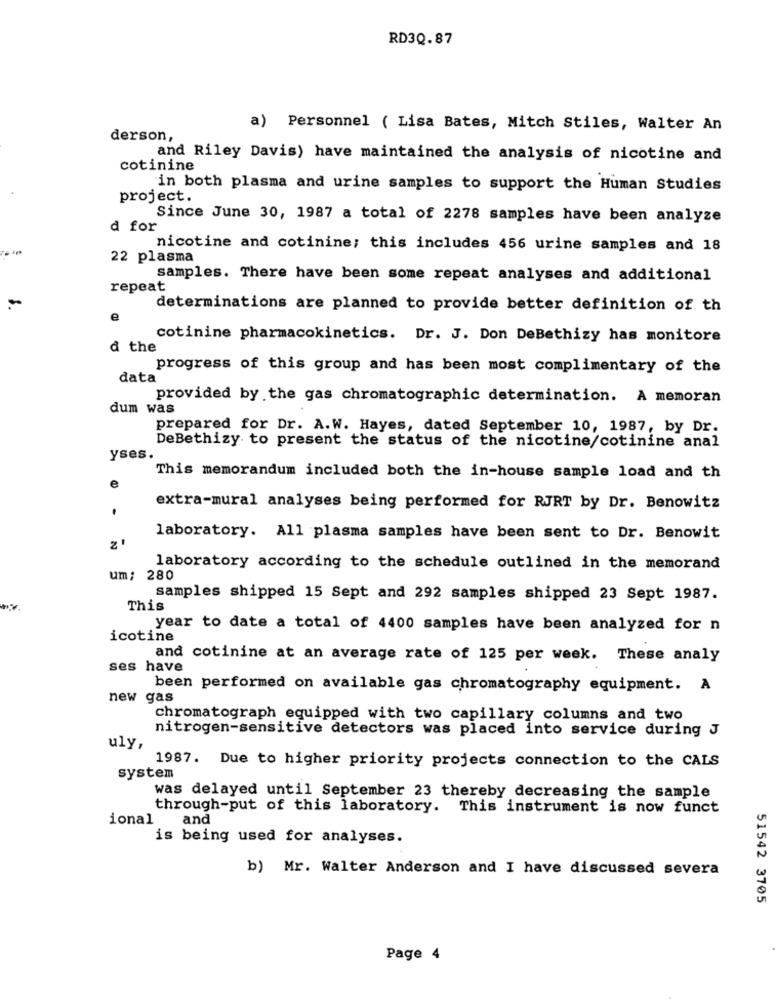
RD3Q.87
a) Personnel ( Lisa Bates, Mitch Stiles, Walter An
derson,
and Riley Davis) have maintained the analysis of nicotine and
cotinine
in both plasma and urine samples to support the Human Studies
project.
Since June 30, 1987 a total of 2278 samples have been analyze
d for
nicotine and cotinine; this includes 456 urine samples and 18
22 plasma
samples. There have been some repeat analyses and additional
repeat
determinations are planned to provide better definition of th
e
cotinine pharmacokinetics. Dr. J. Don DeBethizy has monitore
& the
progress of this group and has been most complimentary of the
data
provided by the gas chromatographic determination. A memoran
dum was
prepared for Dr. A.W. Hayes, dated September 10, 1987, by Dr.
DeBethizy to present the status of the nicotine/cotinine anal
yses.
This memorandum included both the in-house sample load and th
e
extra-mural analyses being performed for RJRT by Dr. Benowitz
laboratory. All plasma samples have been sent to Dr. Benowit
laboratory according to the schedule outlined in the memorand
um: 280
samples shipped 15 Sept and 292 samples shipped 23 Sept 1987.
This
year to date a total of 4400 samples have been analyzed for n
icotine
and cotinine at an average rate of 125 per week. These analy
ses have
been performed on available gas chromatography equipment. A
new gas
chromatograph equipped with two capillary columns and two
nitrogen-sensitive detectors was placed into service during J
uly,
1987. Due to higher priority projects connection to the CALS
system
was delayed until September 23 thereby decreasing the sample
through-put of this laboratory. This instrument is now funct
ional
and
is being used for analyses.
b) Mr. Walter Anderson and I have discussed severa
51542 3705
Page 4